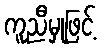
ကူညီမှုဖြင့်